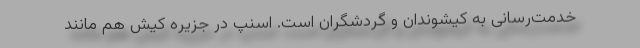
خدمت‌رسانی به کیشوندان و گردشگران است. اسنپ در جزیره کیش هم مانند